Report of the Indian Hemp Drugs Commission, 1894-1895 - Volume IV
Year: 1894
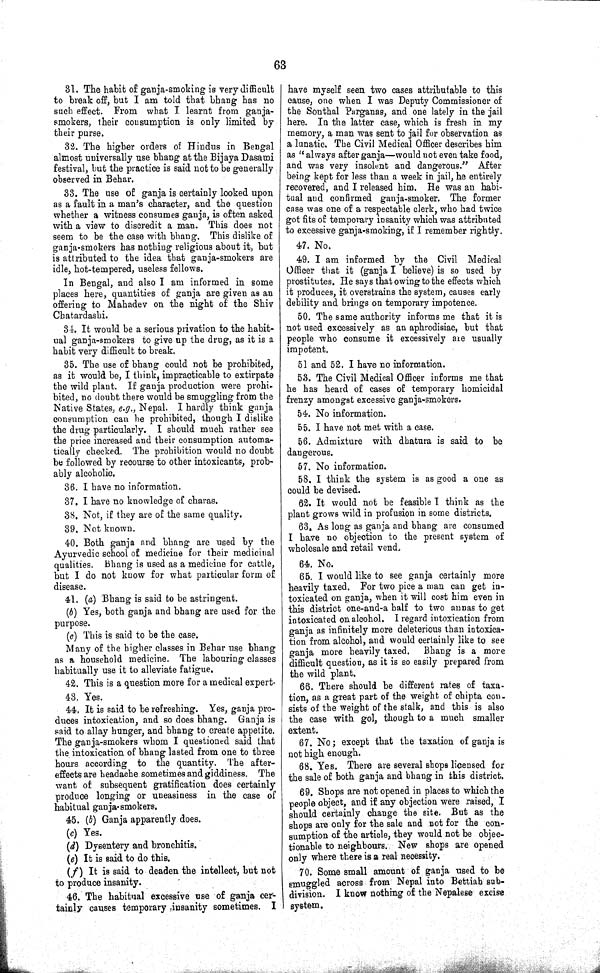
63
31. The habit of ganja-smoking is very difficult
to break off, but I am told that bhang has no
such effect. From what I learnt from ganja-
smokers, their consumption is only limited by
their purse.
32. The higher orders of Hindus in Bengal
almost universally use bhang at the Bijaya Dasami
festival, but the practice is said not to be generally
observed in Behar.
33. The use of ganja is certainly looked upon
as a fault in a man's character, and the question
whether a witness consumes ganja, is often asked
with a view to discredit a man. This does not
seem to be the case with bhang. This dislike of
ganja-smokers has nothing religious about it, but
is attributed to the idea that ganja-smokers are
idle, hot-tempered, useless fellows.
In Bengal, and also I am informed in some
places here, quantities of ganja are given as an
offering to Mahadev on the night of the Shiv
Chatardashi.
34. It would be a serious privation to the habit-
ual ganja-smokers to give up the drug, as it is a
habit very difficult to break.
35. The use of bhang could not be prohibited,
as it would be, I think, impracticable to extirpate
the wild plant. If ganja production were prohi-
bited, no doubt there would be smuggling from the
Native States, e.g., Nepal. I hardly think ganja
consumption can be prohibited, though I dislike
the drug particularly. I should much rather see
the price increased and their consumption automa-
tically checked. The prohibition would no doubt
be followed by recourse to other intoxicants, prob-
ably alcoholic.
36. I have no information.
37. I have no knowledge of charas.
38. Not, if they are of the same quality.
39. Not known.
40. Both ganja and bhang are used by the
Ayurvedic school of medicine for their medicinal
qualities. Bhang is used as a medicine for cattle,
but I do not know for what particular form of
disease.
41. (a) Bhang is said to be astringent.
(b) Yes, both ganja and bhang are used for the
purpose.
(c) This is said to be the case.
Many of the higher classes in Behar use bhang
as a household medicine. The labouring classes
habitually use it to alleviate fatigue.
42. This is a question more for a medical expert.
43. Yes.
44. It is said to be refreshing. Yes, ganja pro-
duces intoxication, and so does bhang. Ganja is
said to allay hunger, and bhang to create appetite.
The ganja-smokers whom I questioned said that
the intoxication of bhang lasted from one to three
hours according to the quantity. The after-
effects are headache sometimes and giddiness. The
want of subsequent gratification does certainly
produce longing or uneasiness in the case of
habitual ganja-smokers.
45. (b) Ganja apparently does.
(c) Yes.
(d) Dysentery and bronchitis.
(e) It is said to do this.
(f) It is said to deaden the intellect, but not
to produce insanity.
46. The habitual excessive use of ganja cer-
tainly causes temporary insanity sometimes. I
have myself seen two cases attributable to this
cause, one when I was Deputy Commissioner of
the Sonthal Parganas, and one lately in the jail
here. In the latter case, which is fresh in my
memory, a man was sent to jail for observation as
a lunatic. The Civil Medical Officer describes him
as "always after ganja—would not even take food,
and was very insolent and dangerous." After
being kept for less than a week in jail, he entirely
recovered, and I released him. He was an habi-
tual and confirmed ganja-smoker. The former
case was one of a respectable clerk, who had twice
got fits of temporary insanity which was attributed
to excessive ganja-smoking, if I remember rightly.
47. No.
49. I am informed by the Civil Medical
Officer that it (ganja I believe) is so used by
prostitutes. He says that owing to the effects which
it produces, it overstrains the system, causes early
debility and brings on temporary impotence.
50. The same authority informs me that it is
not used excessively as an aphrodisiac, but that
people who consume it excessively are usually
impotent.
51 and 52. I have no information.
53. The Civil Medical Officer informs me that
he has heard of cases of temporary homicidal
frenzy amongst excessive ganja-smokers.
54. No information.
55. I have not met with a case.
56. Admixture with dhatura is said to be
dangerous.
57. No information.
58. I think the system is as good a one as
could be devised.
62. It would not be feasible I think as the
plant grows wild in profusion in some districts.
63. As long as ganja and bhang are consumed
I have no objection to the present system of
wholesale and retail vend.
64. No.
65. I would like to see ganja certainly more
heavily taxed. For two pice a man can get in-
toxicated on ganja, when it will cost him even in
this district one-and-a half to two annas to get
intoxicated on alcohol. I regard intoxication from
ganja as infinitely more deleterious than intoxica-
tion from alcohol, and would certainly like to see
ganja more heavily taxed. Bhang is a more
difficult question, as it is so easily prepared from
the wild plant.
66. There should be different rates of taxa-
tion, as a great part of the weight of chipta con-
sists of the weight of the stalk, and this is also
the case with gol, though to a much smaller
extent.
67. No; except that the taxation of ganja is
not high enough.
68. Yes. There are several shops licensed for
the sale of both ganja and bhang in this district.
69. Shops are not opened in places to which the
people object, and if any objection were raised, I
should certainly change the site. But as the
shops are only for the sale and not for the con-
sumption of the article, they would not be objec-
tionable to neighbours. New shops are opened
only where there is a real necessity.
70. Some small amount of ganja used to be
smuggled across from Nepal into Bettiah sub-
division. I know nothing of the Nepalese excise
system.